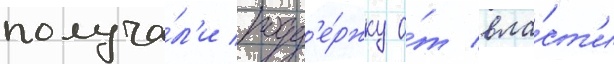
получа́л'и подд'е́ржку о́т вла́ст'и